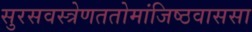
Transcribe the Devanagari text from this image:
सुरसवस्त्रेणततोमांजिष्ठवाससा